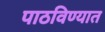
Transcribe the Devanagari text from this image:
पाठविण्‍यात